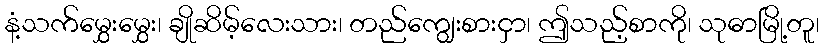
နံ့သက်မွှေးမွှေး၊ ချိုဆိမ့်လေးသား၊ တည်ကျွေးစားငှာ၊ ဤသည့်စာကို၊ သုဓာမြို့တူ၊